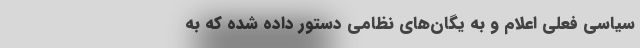
‌سیاسی‌ فعلی‌ اعلام‌ و به‌ یگان‌های‌ نظامی‌ دستور داده‌ شده‌ كه‌ به‌